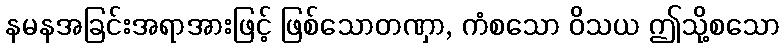
နမနအခြင်းအရာအားဖြင့် ဖြစ်သောတဏှာ, ကံစသော ဝိသယ ဤသို့စသော